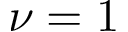
\nu = 1